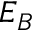
E _ { B }